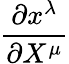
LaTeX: \frac{\partial x^{\lambda}}{\partial X^{\mu}}